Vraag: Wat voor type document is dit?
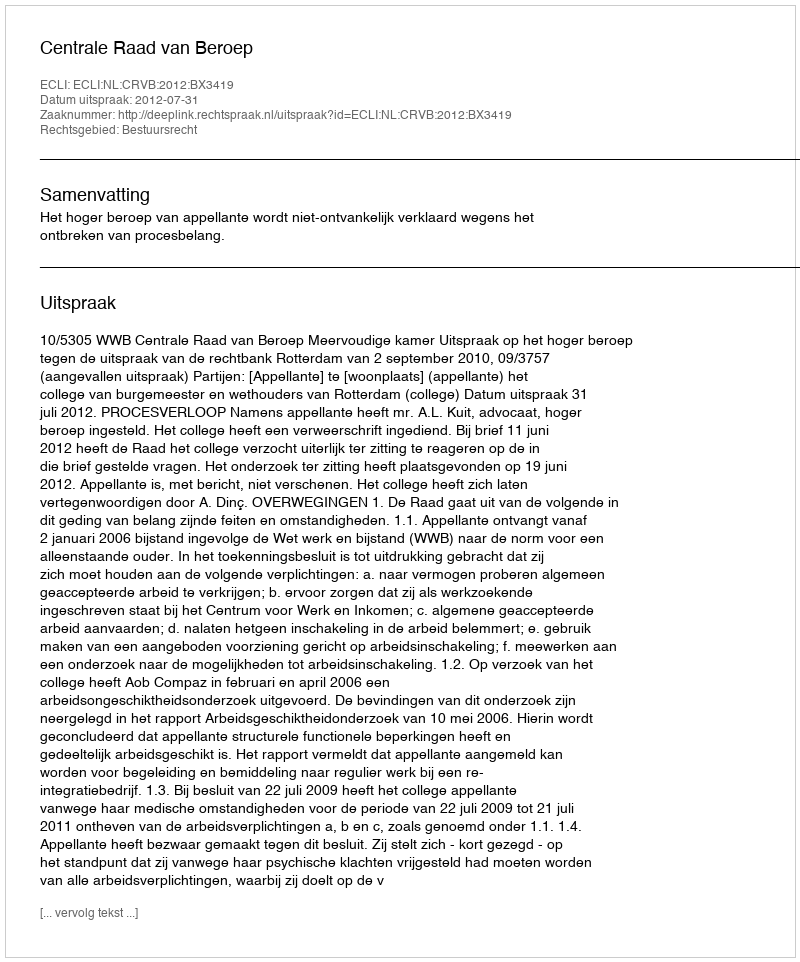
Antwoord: Uitspraak